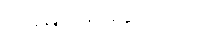
တိုးမြှင့်ပေးနိုင်သည်